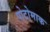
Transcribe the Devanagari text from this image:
पोटोमाक